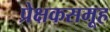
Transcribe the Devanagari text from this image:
प्रेक्षकसमूह